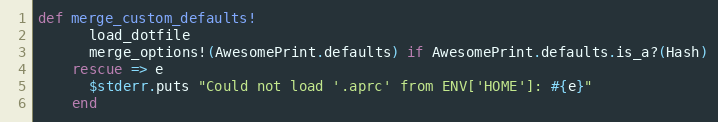
Language: Ruby
def merge_custom_defaults!
      load_dotfile
      merge_options!(AwesomePrint.defaults) if AwesomePrint.defaults.is_a?(Hash)
    rescue => e
      $stderr.puts "Could not load '.aprc' from ENV['HOME']: #{e}"
    end